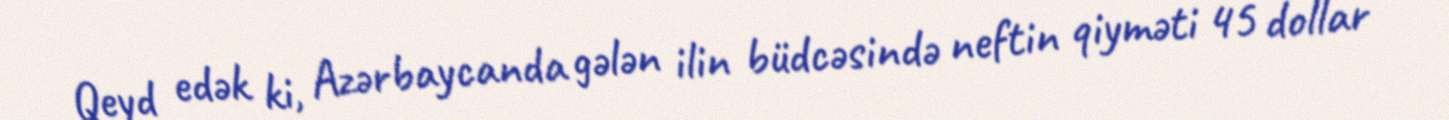
Qeyd edək ki, Azərbaycanda gələn ilin büdcəsində neftin qiyməti 45 dollar